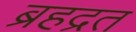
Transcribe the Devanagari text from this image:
ब्रहद्रत